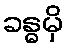
ခန္ဓမှိ